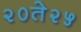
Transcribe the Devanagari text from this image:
२०ते२५